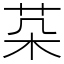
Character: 䒳